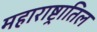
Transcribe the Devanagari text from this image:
महाराष्ट्रातिल